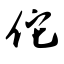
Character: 佗